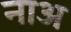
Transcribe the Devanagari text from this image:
नाअ